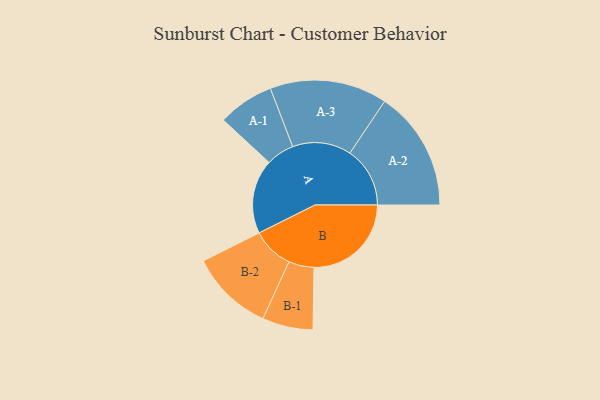
{"axis": {"x": "Segment", "y": "Value"}, "legend": ["", "A", "B"], "data": [{"x": "A", "y": 325, "type": ""}, {"x": "B", "y": 426, "type": ""}, {"x": "A-1", "y": 123, "type": "A"}, {"x": "A-2", "y": 263, "type": "A"}, {"x": "A-3", "y": 257, "type": "A"}, {"x": "B-1", "y": 111, "type": "B"}, {"x": "B-2", "y": 182, "type": "B"}]}